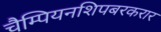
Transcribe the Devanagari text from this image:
चैम्पियनशिपबरकरार